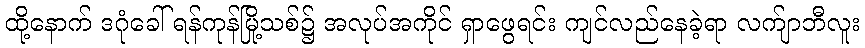
ထို့နောက် ဒဂုံခေါ် ရန်ကုန်မြို့သစ်၌ အလုပ်အကိုင် ရှာဖွေရင်း ကျင်လည်နေခဲ့ရာ လက်ျာဘီလူး